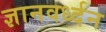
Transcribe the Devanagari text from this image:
ज्ञानवर्ध्दन